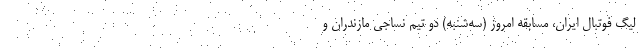
لیگ فوتبال ایران، مسابقه امروز (سه‌شنبه) دو تیم نساجی مازندران و